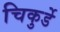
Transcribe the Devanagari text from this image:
चिकुर्डे